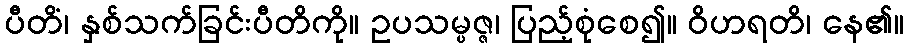
ပီတိံ၊ နှစ်သက်ခြင်းပီတိကို။ ဥပသမ္ပဇ္ဇ၊ ပြည့်စုံစေ၍။ ဝိဟရတိ၊ နေ၏။